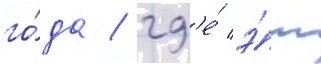
го́да / гд'е́ э́ш